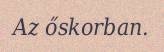
Az őskorban.